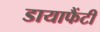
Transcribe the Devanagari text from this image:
डायाफैंटी